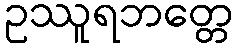
ဥဿူရဘတ္တေ